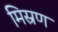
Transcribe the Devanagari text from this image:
मिस्रण